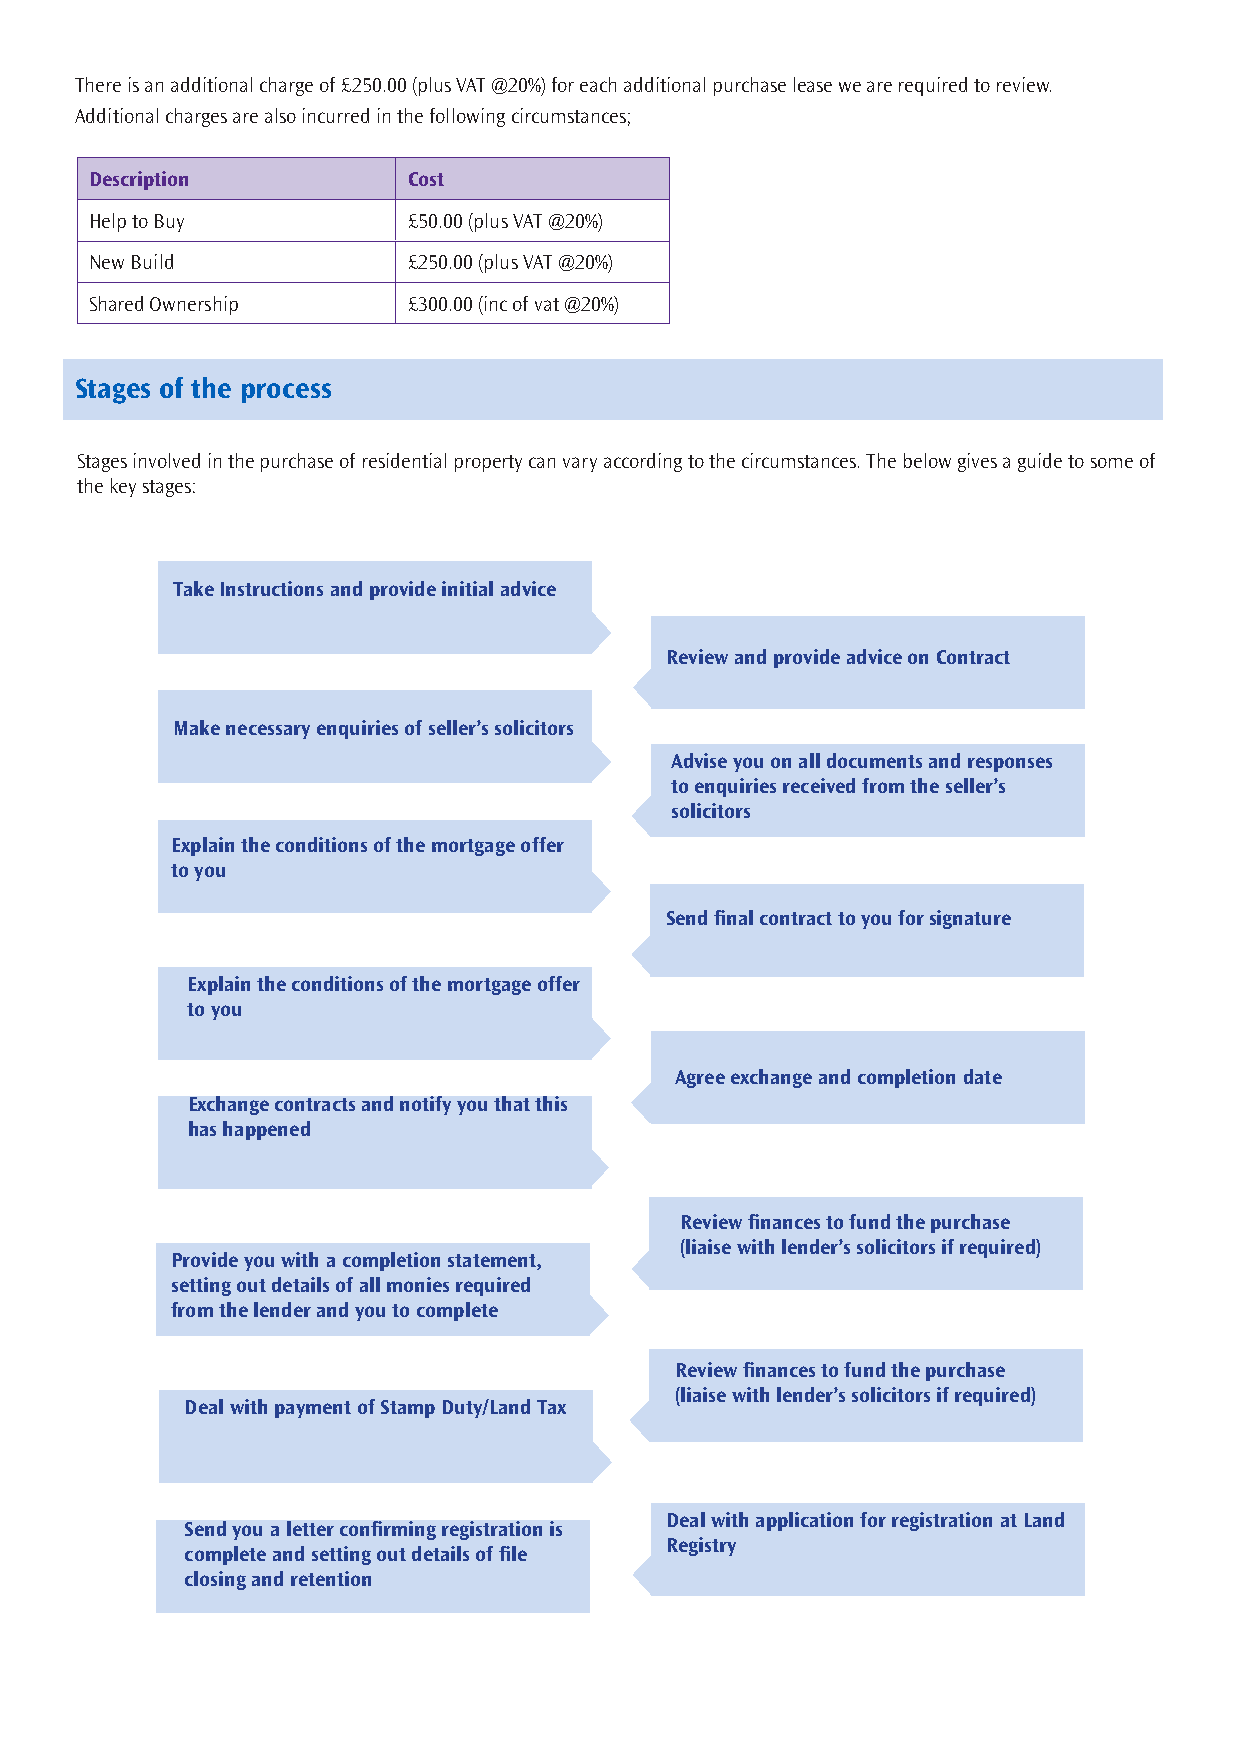
There is an additional charge of £250.00 (plus VAT @20%) for each additional purchase lease we are required to review.
 Additional charges are also incurred in the following circumstances;
 Description          Cost
 Help to Buy          £50.00 (plus VAT @20%)
 New Build            £250.00 (plus VAT @20%)
 Shared Ownership     £300.00 (inc of vat @20%)
 Stages of the process
 Stages involved in the purchase of residential property can vary according to the circumstances. The below gives a guide to some of
 the key stages:
 Take Instructions and provide initial advice
 Review and provide advice on Contract
 Make necessary enquiries of seller’s solicitors
 Advise you on all documents and responses
 to enquiries received from the seller’s
 solicitors
 Explain the conditions of the mortgage offer
 to you
 Send final contract to you for signature
 Explain the conditions of the mortgage offer
 to you
 Agree exchange and completion date
 Exchange contracts and notify you that this
 has happened
 Review finances to fund the purchase
 (liaise with lender’s solicitors if required)
 Provide you with a completion statement,
 setting out details of all monies required
 from the lender and you to complete
 Review finances to fund the purchase
 (liaise with lender’s solicitors if required)
 Deal with payment of Stamp Duty/Land Tax
 Deal with application for registration at Land
 Send you a letter confirming registration is
 Registry
 complete and setting out details of file
 closing and retention